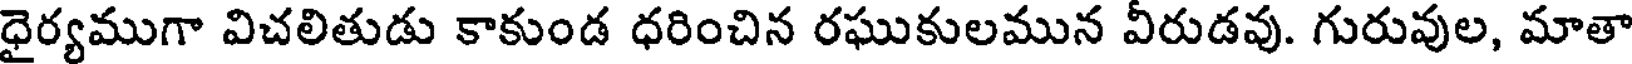
ధైర్యముగా విచలితుడు కాకుండ ధరించిన రఘుకులమున వీరుడవు. గురువుల, మాతా